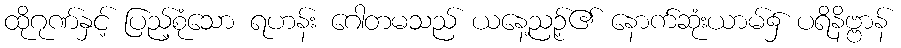
ထိုဂုဏ်နှင့် ပြည့်စုံသော ရဟန်း ဂေါတမသည် ယနေ့ညဉ့်၏ နောက်ဆုံးယာမ်၌ ပရိနိဗ္ဗာန်